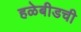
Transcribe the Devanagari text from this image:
हळेबीडची